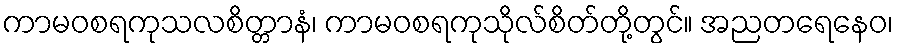
ကာမဝစရကုသလစိတ္တာနံ၊ ကာမဝစရကုသိုလ်စိတ်တို့တွင်။ အညတရေနေဝ၊